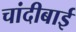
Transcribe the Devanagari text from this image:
चांदीबाई